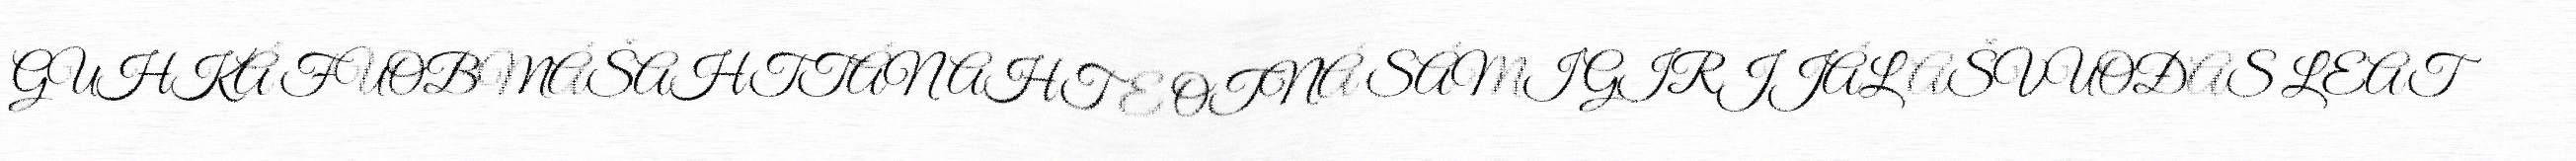
GUHKÁ FUOBMÁŠAHTTÁN AHTE OTNÁ SÁMI GIRJJÁLAŠVUOĐAS LEAT